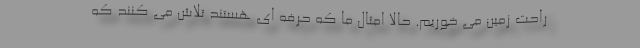
راحت زمین می خوریم. حالا امثال ما که حرفه ای هستند تلاش می کنند که